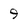
Character: 9